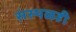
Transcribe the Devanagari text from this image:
संस्थळही